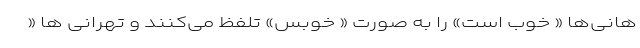
هانی‌ها « خوب است» را به صورت « خوبِس» تلفظ می‌کنند و تهرانی ها «